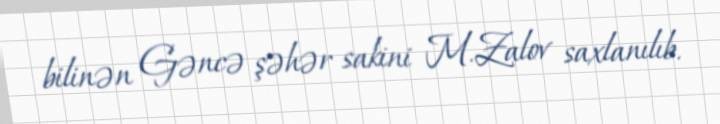
bilinən Gəncə şəhər sakini M.Zalov saxlanılıb.